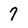
Character: 7